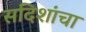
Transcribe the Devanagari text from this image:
सदिशांचा